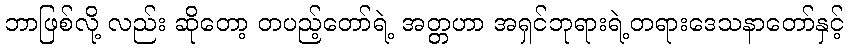
ဘာဖြစ်လို့ လည်း ဆိုတော့ တပည့်တော်ရဲ့ အတ္တဟာ အရှင်ဘုရားရဲ့တရားဒေသနာတော်နှင့်